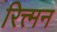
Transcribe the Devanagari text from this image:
रित्त्मन